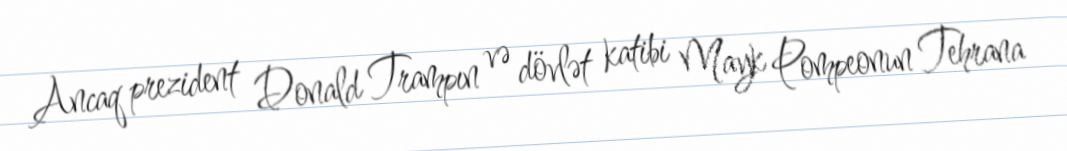
Ancaq prezident Donald Trampın və dövlət katibi Mayk Pompeonun Tehrana